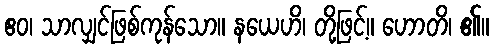
ဧဝ၊ သာလျှင်ဖြစ်ကုန်သော။ နယေဟိ၊ တို့ဖြင့်။ ဟောတိ၊ ၏။